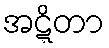
အဋ္ဋိတာ